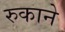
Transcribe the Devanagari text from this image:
रुकाने